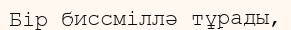
Бір биссміллә тұрады,